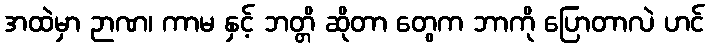
အထဲမှာ ဉာဏ၊ ကာမ နှင့် ဘတ္တိ ဆိုတာ တွေက ဘာကို ပြောတာလဲ ဟင်